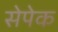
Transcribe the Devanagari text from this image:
सेपेक